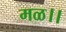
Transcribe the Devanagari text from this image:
मळ।।